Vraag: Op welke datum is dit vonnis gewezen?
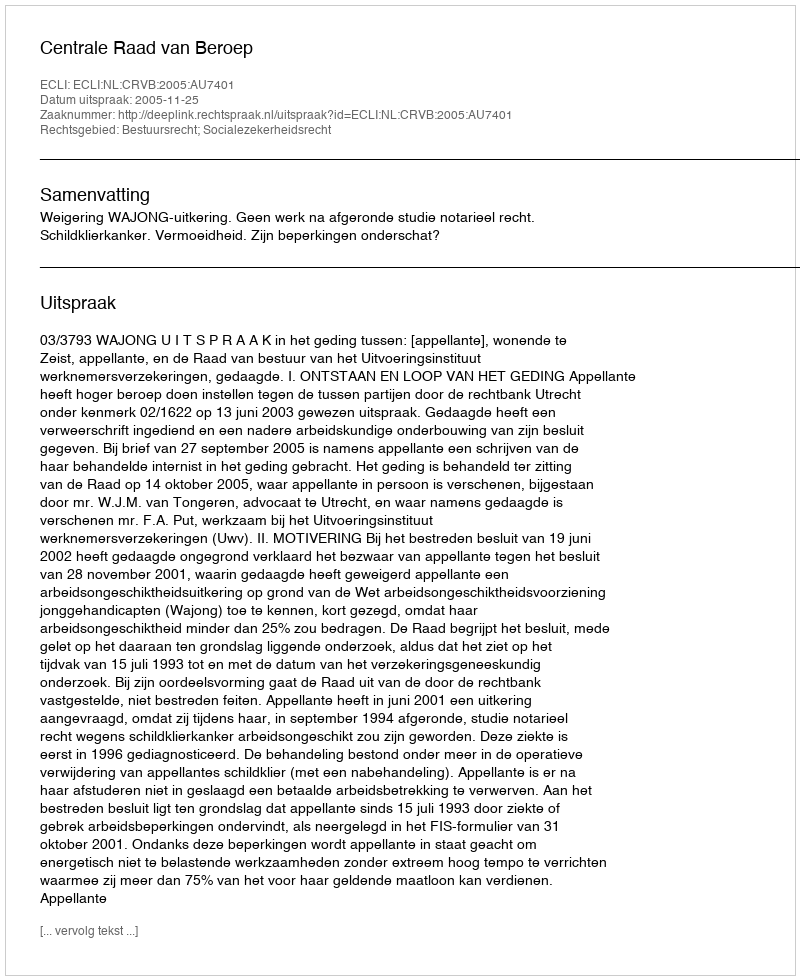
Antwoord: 2005-11-25